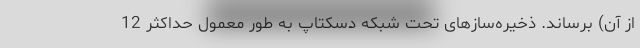
از آن) برساند. ذخیره‌سازهای تحت شبکه دسکتاپ به طور معمول حداکثر 12